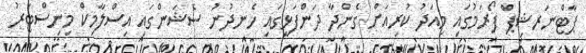
ޕާޓްނަރޝިޕް ފޯރަމުގައި މިއަދު ކުރިއަށް ގެންދާ ދަންފަޅީގައި ހެނދުނު ސެޝަންގައި އިސްލާމިކް މިިނިސްޓަރު